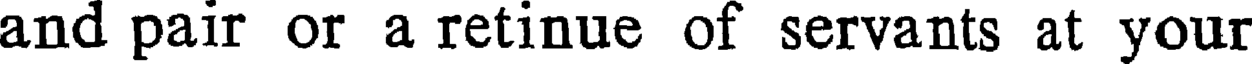
and pair or a retinue of servants at your